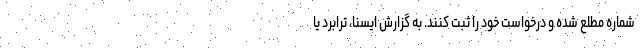
شماره مطلع شده و درخواست خود را ثبت کنند. به گزارش ایسنا، ترابرد یا